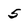
Character: 5